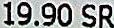
19.90 SR